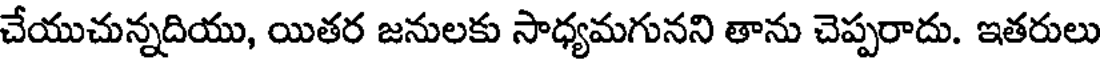
చేయుచున్నదియు, యితర జనులకు సాధ్యమగునని తాను చెప్పరాదు. ఇతరులు